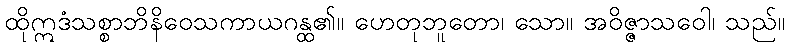
ထိုဣဒံသစ္စာဘိနိဝေသကာယဂန္ထ၏။ ဟေတုဘူတော၊ သော။ အဝိဇ္ဇာသဝေါ၊ သည်။